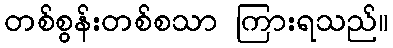
တစ်စွန်းတစ်စသာ ကြားရသည်။